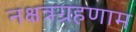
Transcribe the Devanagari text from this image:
नक्षत्रग्रहणाम